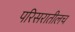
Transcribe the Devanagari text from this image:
परिसरातीलच